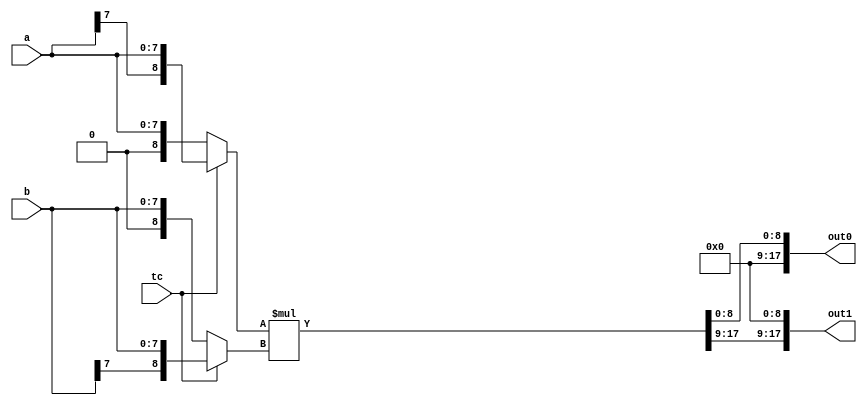


//-----------------------------------------------------------------------------
//
// ABSTRACT:  Multiplier, parital products
//
//
// MODIFIED:
//
//
//------------------------------------------------------------------------------

module DW02_multp( a, b, tc, out0, out1 );


// parameters
parameter a_width = 8;
parameter b_width = 8;
parameter out_width = 18;
parameter verif_en = 1;		// verif_en ignored by synthesis

localparam upperhalf = out_width/2;
localparam lowerhalf = out_width - (out_width/2);


//-----------------------------------------------------------------------------
// ports
input [a_width-1 : 0]	a;
input [b_width-1 : 0]	b;
input			tc;
output [out_width-1:0]	out0, out1;

wire signed [a_width : 0]	a_int;
wire signed [b_width : 0]	b_int;
wire signed [out_width : 0]	prod_int;

  assign a_int = (tc == 1'b0)?
			$signed( {1'b0, a} ) :
			$signed( {a[a_width-1], a} ) ;

  assign b_int = (tc == 1'b0)?
			$signed( {1'b0, b} ) :
			$signed( {b[b_width-1], b} ) ;

  assign prod_int = a_int * b_int;

  assign out0 = { { upperhalf {1'b0} }, prod_int[lowerhalf-1 : 0] };
  assign out1 = { prod_int[out_width-1 : lowerhalf], { lowerhalf {1'b0} } };

endmodule